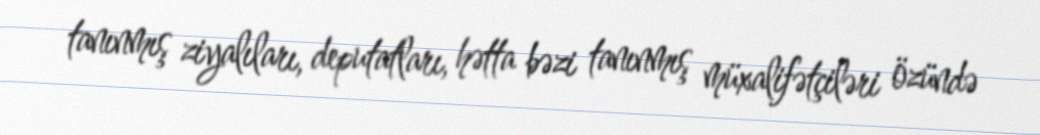
tanınmış ziyalıları, deputatları, hətta bəzi tanınmış müxalifətçiləri özündə